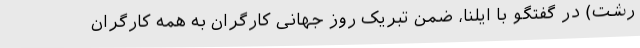
رشت) در گفتگو با ایلنا، ضمن تبریک روز جهانی کارگران به همه کارگران